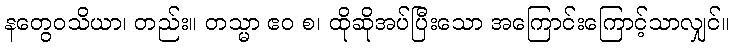
နတွေဝသိယာ၊ တည်း။ တသ္မာ ဧဝ စ၊ ထိုဆိုအပ်ပြီးသော အကြောင်းကြောင့်သာလျှင်။